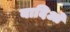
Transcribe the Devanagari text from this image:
वादिओं